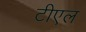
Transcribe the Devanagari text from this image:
टीएल